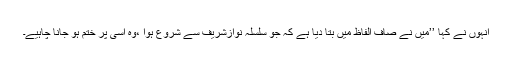
اُنہوں نے کہا ’’میں نے صاف الفاظ میں بتا دیا ہے کہ جو سلسلہ نوازشریف سے شروع ہوا ،وہ اُسی پر ختم ہو جانا چاہیے۔